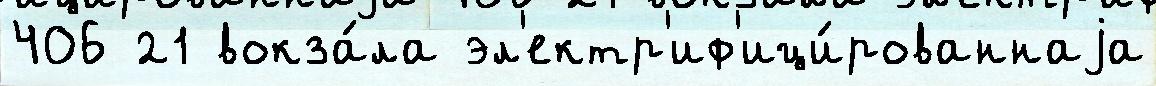
406 21 вокза́ла эл'ектр'иф'ици́рованнаjа